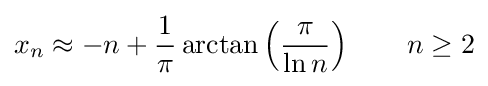
x_{n}\approx -n+{\frac {1}{\pi }}\arctan \left({\frac {\pi }{\ln n}}\right)\qquad n\geq 2